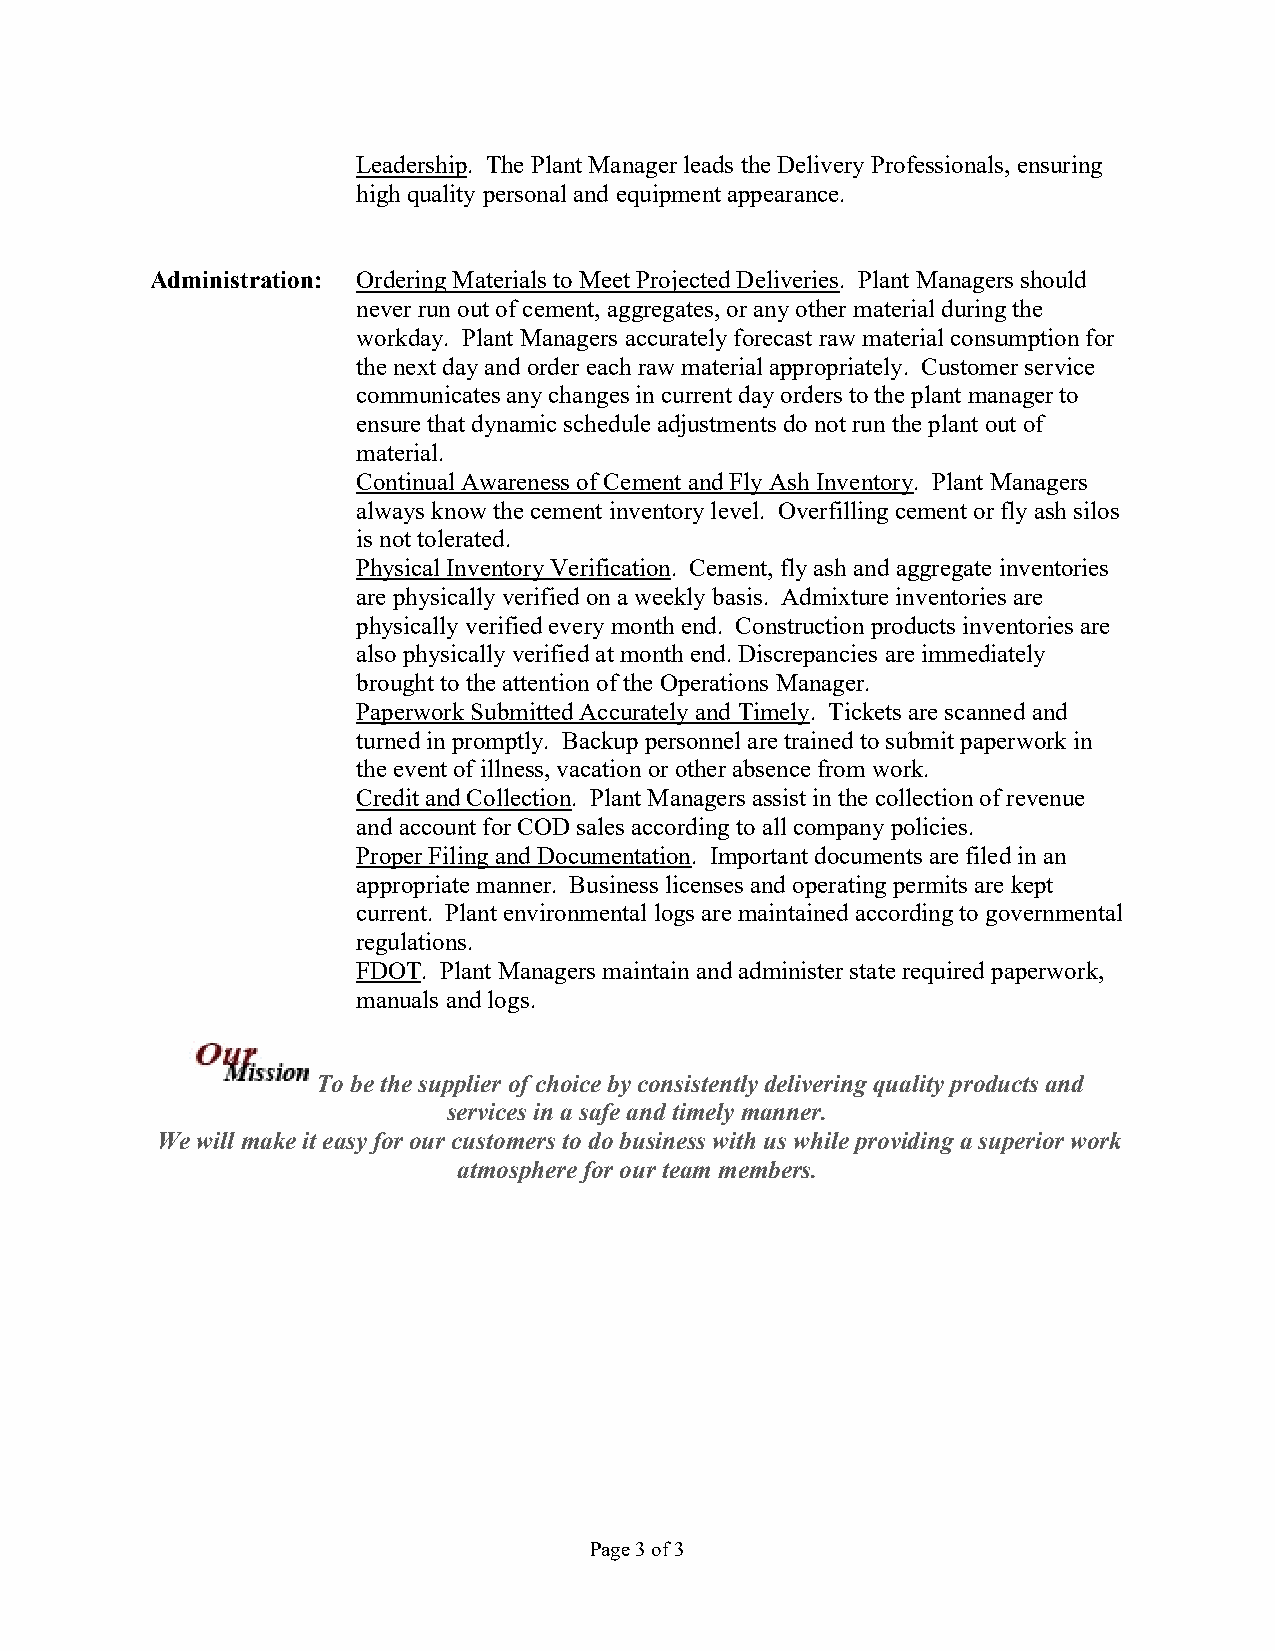
Leadership. The Plant Manager leads the Delivery Professionals, ensuring
 high quality personal and equipment appearance.
 Administration: Ordering Materials to Meet Projected Deliveries. Plant Managers should
 never run out of cement, aggregates, or any other material during the
 workday. Plant Managers accurately forecast raw material consumption for
 the next day and order each raw material appropriately. Customer service
 communicates any changes in current day orders to the plant manager to
 ensure that dynamic schedule adjustments do not run the plant out of
 material.
 Continual Awareness of Cement and Fly Ash Inventory. Plant Managers
 always know the cement inventory level. Overfilling cement or fly ash silos
 is not tolerated.
 Physical Inventory Verification. Cement, fly ash and aggregate inventories
 are physically verified on a weekly basis. Admixture inventories are
 physically verified every month end. Construction products inventories are
 also physically verified at month end. Discrepancies are immediately
 brought to the attention of the Operations Manager.
 Paperwork Submitted Accurately and Timely. Tickets are scanned and
 turned in promptly. Backup personnel are trained to submit paperwork in
 the event of illness, vacation or other absence from work.
 Credit and Collection. Plant Managers assist in the collection of revenue
 and account for COD sales according to all company policies.
 Proper Filing and Documentation. Important documents are filed in an
 appropriate manner. Business licenses and operating permits are kept
 current. Plant environmental logs are maintained according to governmental
 regulations.
 FDOT. Plant Managers maintain and administer state required paperwork,
 manuals and logs.
 To be the supplier of choice by consistently delivering quality products and
 services in a safe and timely manner.
 We will make it easy for our customers to do business with us while providing a superior work
 atmosphere for our team members.
 Page 3 of 3